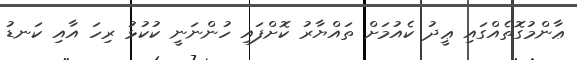
ޢާންމުގޮތެއްގައި ޢީދު ކެއުމަށް ތައްޔާރު ކޮށްފައި ހުންނަނީ ކުކުޅު ރިހަ އާއި ކަނޑު